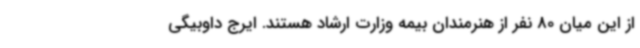
از این میان 80 نفر از هنرمندان بیمه وزارت ارشاد هستند. ایرج داوبیگی